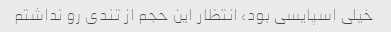
خیلی اسپایسی بود، انتظار این حجم از تندی رو نداشتم